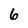
Character: 6